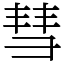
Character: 彗